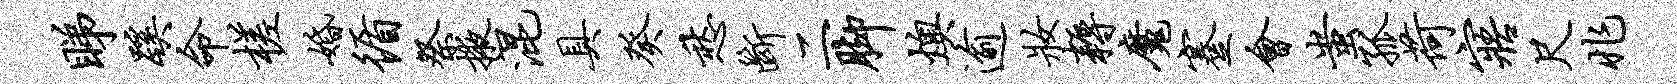
睇蹊命槎婚循祭掖混具癸愁断二脚燠逾妆耨魔蹇会蚩孤荷寤尺兆